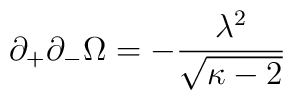
\partial_{+}\partial_{-}\Omega=-\frac{\lambda^{2}}{\sqrt{\kappa-2}}